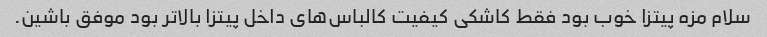
سلام مزه پیتزا خوب بود فقط کاشکی کیفیت کالباس‌های داخل پیتزا بالاتر بود موفق باشین.